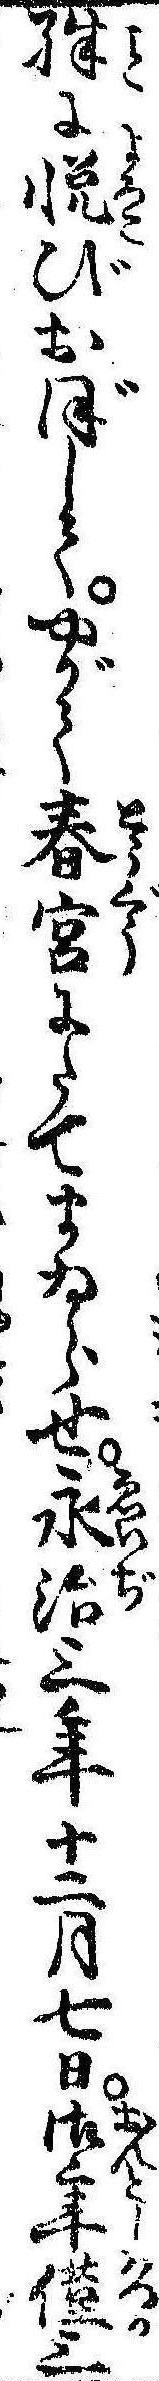
殊に悦びおぼしてやがて春宮にたてまゐらせ永治三年十二月七日御年僅三